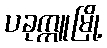
ပခုက္ကူမြို့